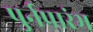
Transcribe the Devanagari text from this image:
पुर्नप्रारंभ